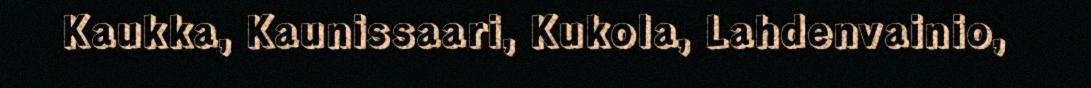
Kaukka, Kaunissaari, Kukola, Lahdenvainio,